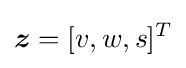
{\boldsymbol {z}}=[v,w,s]^{T}